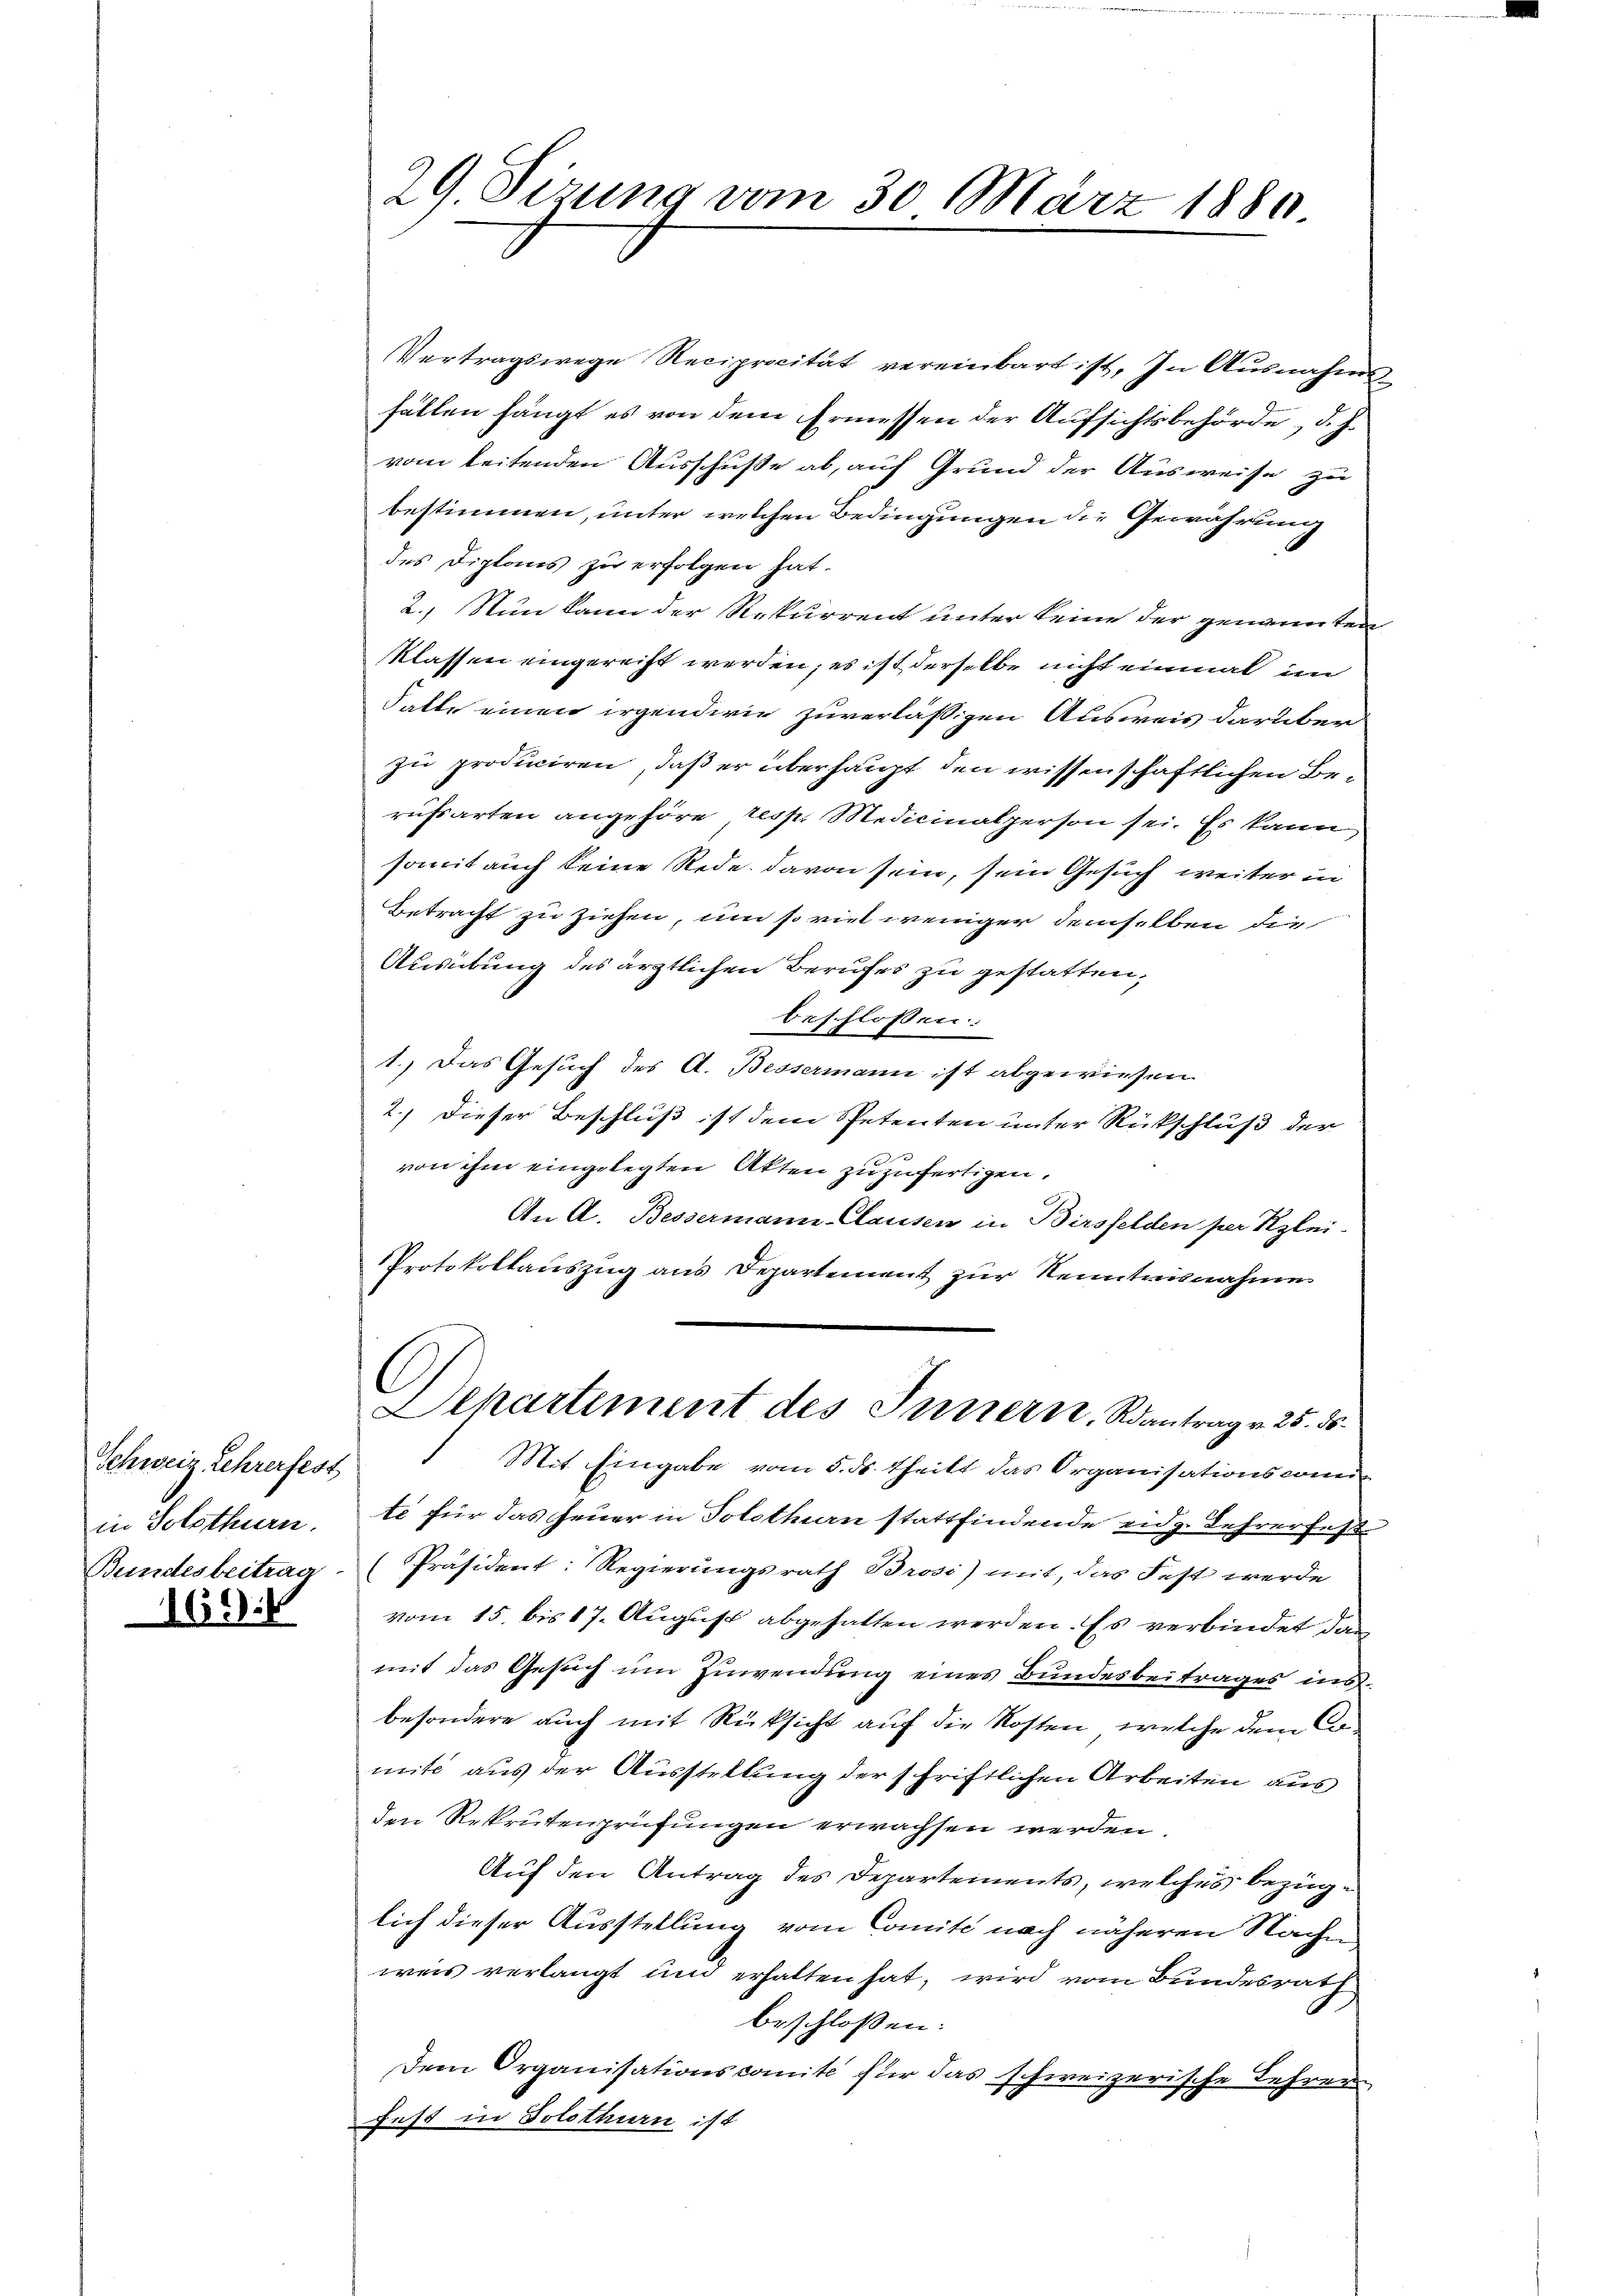
Schweiz, Lehrer fest
in Solothurn.
Bundesbeitraa

169.

29 Sizung vom 30 März 1880

Vertragswege Reciprocität vereinbart ist. In Ausnahms-
fällen hängt es von dem Ermessen der Aufsichtsbehörde, d. h.
vom leitenden Ausschuße ab, auf Grund der Ausweise zu
bestimmen, unter welchen Bedingungen die Gewährung
des Diplaus zu erfolgen hat.
2. Nun kann der Rekurrent unter keine der genannten
klassen eingerecht werden; es ist derselbe nicht einmal im
Satte einen irgendwie zuverlässigen Ausweis darüber
zu produciren, daß er überhaupt den wissenschaftlichen Berufsarten angehöre resp. Medicinalperson sei. Es kann
somit auch keine Rede davon sein, sein Gesuch weiter in
Betracht zu ziehen, um so viel weniger demselben die
Ausübung des ärztlichen Berufes zu gestatten,
beschlossen:
1.) Das Gesuch des A. Bessermann ist abgewiesen
2.) Dieser Beschluß ist dem Spetenten unter Rückschluß der
von ihm eingelegten Akten zuzufertigen.
An A. Bessermann-Clausen in Birsfelden per Klei-
Protokollauszug aus Departement zur Kenntnisnahme
Departement des Innern, Rantrag v. 25. ds.
Mit Eingabe vom 5. ds Theilt das Organisationsconite für das Feuer in Solothurn stattfindende eidg. Lehrer fest¬
Präsident: Regierungsrath Brosi) mit, das Fest werde
vom 15. bis 17. August abgehalten werden. Es verbindet das
mit das Gesuch um Zuwendung eines Bundesbeitrages insbesondere auch mit Rüksicht auf die Kosten, welche dem Comite aus der Ausstellung der schriftlichen Arbeiten aus
den Rekrutenprüfungen erwachsen werden.
Auf den Antrag des Departements, welches bezüglich dieser Ausstellung vom Comite nach näheren Nachen,
weis verlangt und erhalten hat, wird vom Bundesrath
beschloßen:
Dem Organisationscomité für das schweizerische Lehren
fest in Solothurn ist